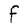
Character: f